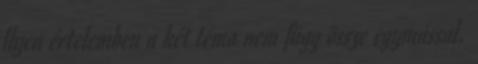
Ilyen értelemben a két téma nem függ össze egymással.